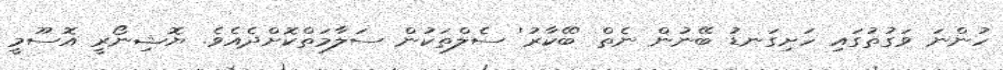
ހުންނަ ވަގުތުގައި ހަށިގަނޑު ބޭނުން ނެތް 'ބޭކާރު' ސެލްތަކުން ސަލާމަތްކޮށްދެއެވެ. ޔޮޝިނޯރީ އޮސޫމީ